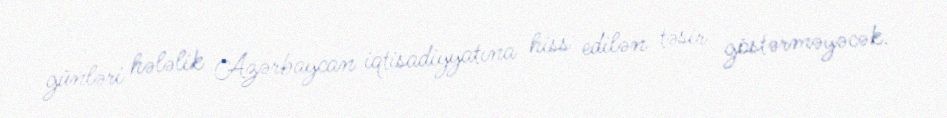
günləri hələlik Azərbaycan iqtisadiyyatına hiss edilən təsir göstərməyəcək.